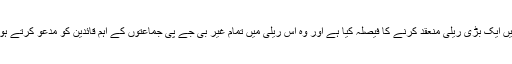
لالو پرساد یادو کا کہنا تھا کہ انہوں نے بہار کے باہر ماہ اگسٹ میں ایک بڑی ریلی منعقد کرنے کا فیصلہ کیا ہے اور وہ اس ریلی میں تمام غیر بی جے پی جماعتوں کے اہم قائدین کو مدعو کرتے ہوئے انہیں ایک پلیٹ فارم پر جمع کرنے کی کوشش کی جائے گی ۔